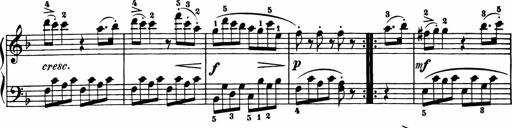
Title: 11 Sonatinas for Piano Solo
Composer: Anton Diabelli